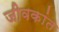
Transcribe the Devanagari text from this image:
जीवकांत